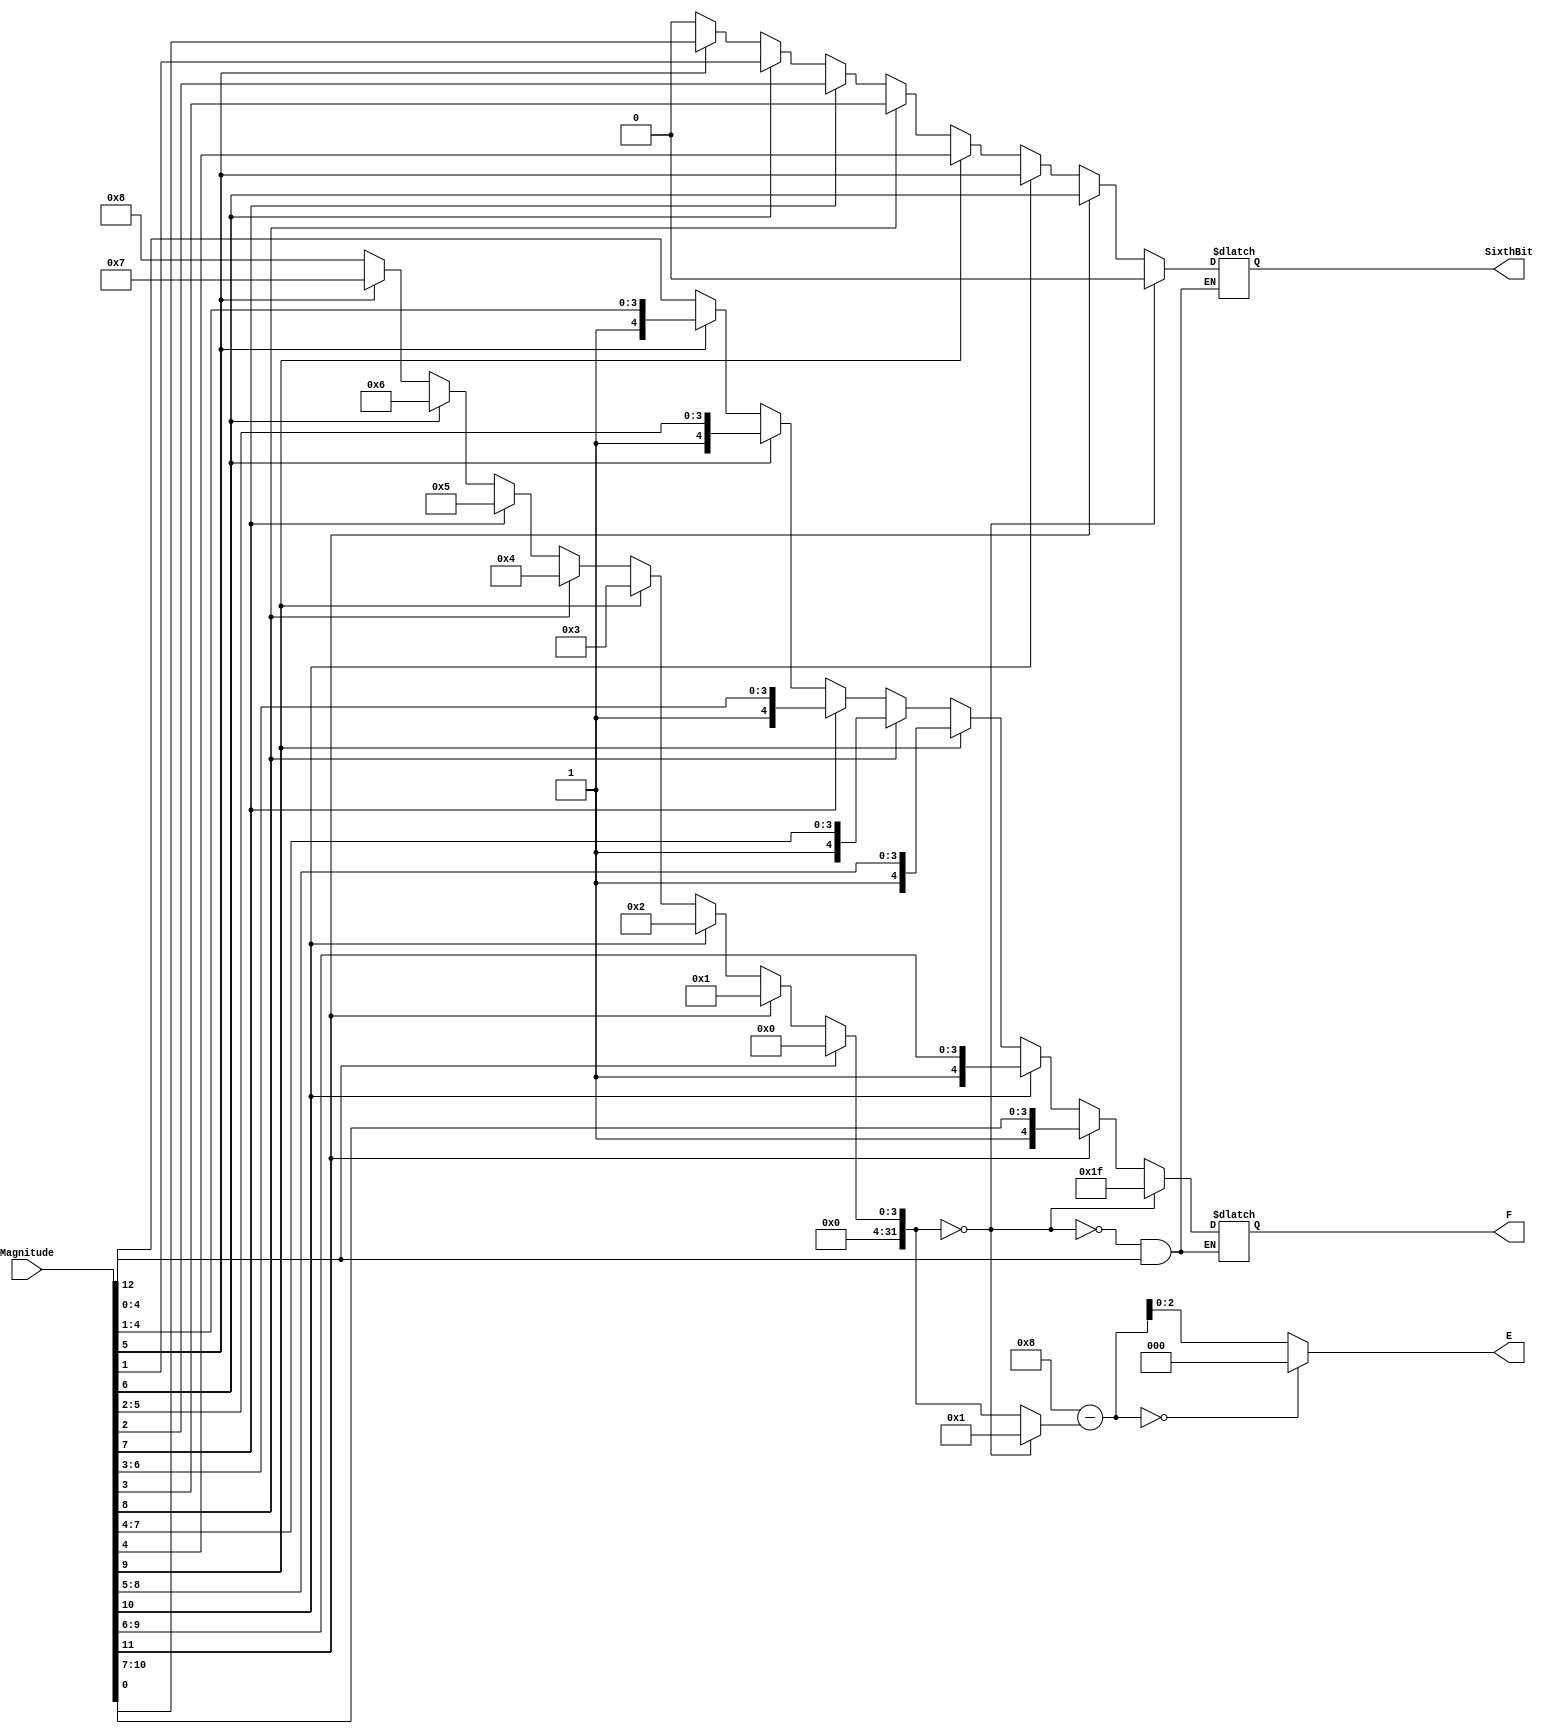
`timescale 1ns / 1ps
//////////////////////////////////////////////////////////////////////////////////
// Company: 
// Engineer: 
// 
// Design Name: 
// Module Name:    Split_Mag 
// Project Name: 
// Target Devices: 
// Tool versions: 
// Description: 
//
// Dependencies: 
//
// Revision: 
// Revision 0.01 - File Created
// Additional Comments: 
//
//////////////////////////////////////////////////////////////////////////////////
module Split_Mag(
    input [12:0] Magnitude,
    output [2:0] E,
    output [4:0] F,
    output SixthBit
    );

reg temp_sixth;
reg [4:0] temp_f;
integer leadingZeros;

always @ (Magnitude)
	begin
		//determine # of leading zeros
		if (Magnitude[12])
			leadingZeros = 0;
		else if (Magnitude[11])
			begin
				leadingZeros = 1;
				temp_f = Magnitude[11:7];  //next 5 bits
				temp_sixth = Magnitude[6];  //6th bit
			end
		else if (Magnitude[10])
			begin
				leadingZeros = 2;
				temp_f = Magnitude[10:6];//next 5 bits
				temp_sixth = Magnitude[5];//6th bit
			end
		else if (Magnitude[9])
			begin
				leadingZeros = 3;
				temp_f = Magnitude[9:5];//next 5 bits
				temp_sixth = Magnitude[4];//6th bit
			end
		else if (Magnitude[8])
			begin
				leadingZeros = 4;
				temp_f = Magnitude[8:4];//next 5 bits
				temp_sixth = Magnitude[3];//6th bit
			end
		else if (Magnitude[7])
			begin
				leadingZeros = 5;
				temp_f = Magnitude[7:3];//next 5 bits
				temp_sixth = Magnitude[2];//6th bit
			end
		else if (Magnitude[6])
			begin
				leadingZeros = 6;
				temp_f = Magnitude[6:2];//next 5 bits
				temp_sixth = Magnitude[1];//6th bit
			end
		else if (Magnitude[5])
			begin
				leadingZeros = 7;
				temp_f = Magnitude[5:1];//next 5 bits
				temp_sixth = Magnitude[0];//6th bit
			end
		else if (Magnitude[4])
			begin
				leadingZeros = 8;
				temp_f = Magnitude[4:0];//next 5 bits
				temp_sixth = 0;
			end
		else
			begin
				leadingZeros = 8;
				temp_f = Magnitude[4:0];//next 5 bits
				temp_sixth = 0;
			end
		
			
		//if no leading zeros - handle negatives
		if (leadingZeros == 0)
			begin
				leadingZeros = 1;
				temp_sixth = 0;
				temp_f = 5'b11111;
			end

	end
	
assign SixthBit = temp_sixth;
assign E = ((8 - leadingZeros) == 0) ? 0 : (8 - leadingZeros);
assign F = temp_f;

endmodule